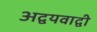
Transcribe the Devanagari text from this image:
अद्वयवाद्वी